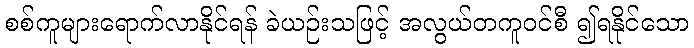
စစ်ကူများရောက်လာနိုင်ရန် ခဲယဉ်းသဖြင့် အလွယ်တကူဝင်စီ ၍ရနိုင်သော